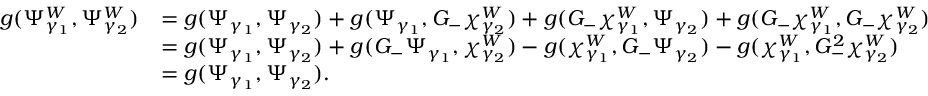
\begin{array} { r l } { g ( \Psi _ { { \gamma } _ { 1 } } ^ { W } , \Psi _ { { \gamma } _ { 2 } } ^ { W } ) } & { = g ( \Psi _ { { \gamma } _ { 1 } } , \Psi _ { { \gamma } _ { 2 } } ) + g ( \Psi _ { { \gamma } _ { 1 } } , G _ { - } \chi _ { { \gamma } _ { 2 } } ^ { W } ) + g ( G _ { - } \chi _ { { \gamma } _ { 1 } } ^ { W } , \Psi _ { { \gamma } _ { 2 } } ) + g ( G _ { - } \chi _ { { \gamma } _ { 1 } } ^ { W } , G _ { - } \chi _ { { \gamma } _ { 2 } } ^ { W } ) } \\ & { = g ( \Psi _ { { \gamma } _ { 1 } } , \Psi _ { { \gamma } _ { 2 } } ) + g ( G _ { - } \Psi _ { { \gamma } _ { 1 } } , \chi _ { { \gamma } _ { 2 } } ^ { W } ) - g ( \chi _ { { \gamma } _ { 1 } } ^ { W } , G _ { - } \Psi _ { { \gamma } _ { 2 } } ) - g ( \chi _ { { \gamma } _ { 1 } } ^ { W } , G _ { - } ^ { 2 } \chi _ { { \gamma } _ { 2 } } ^ { W } ) } \\ & { = g ( \Psi _ { { \gamma } _ { 1 } } , \Psi _ { { \gamma } _ { 2 } } ) . } \end{array}